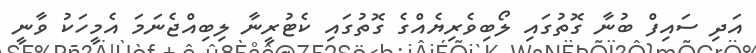
އަދި ސައިފް ބުނާ ގޮތުގައި ލޯބިވެރިޔެއްގެ ގޮތުގައި ކެޓުރީނާ ލިބިއްޖެނަމަ އެމީހަކު ވާނީ